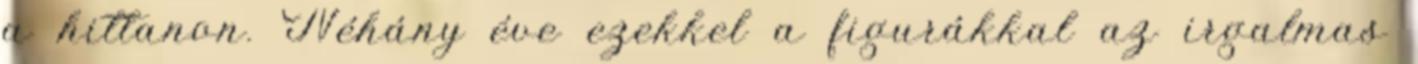
a hittanon. Néhány éve ezekkel a figurákkal az irgalmas